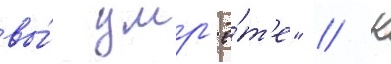
вы́ умр'ё́т'е" // К